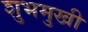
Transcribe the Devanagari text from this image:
शुभमुखी